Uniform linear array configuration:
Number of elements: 16
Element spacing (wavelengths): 0.5
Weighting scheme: kaiser
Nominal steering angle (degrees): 45
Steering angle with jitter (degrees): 45.404
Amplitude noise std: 0.05
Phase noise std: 0.05

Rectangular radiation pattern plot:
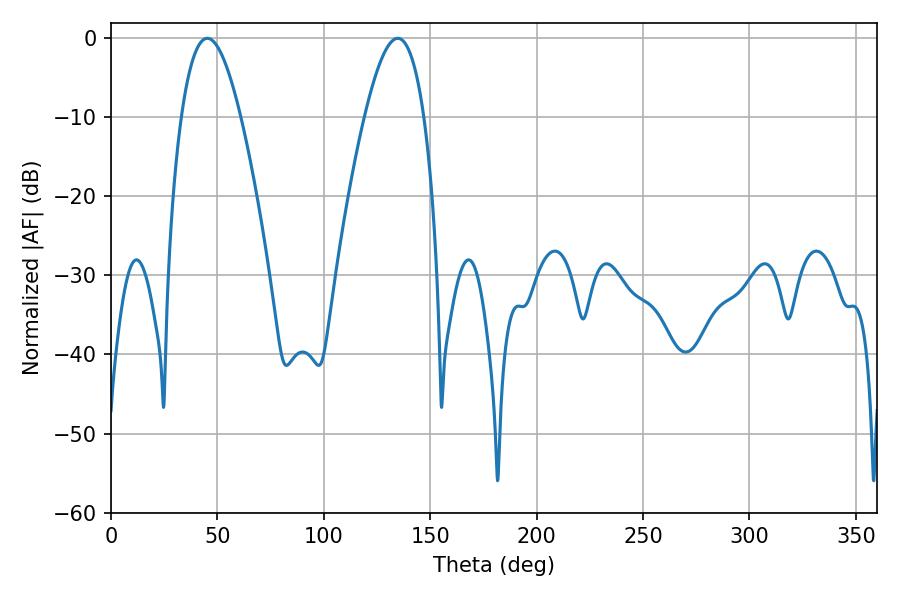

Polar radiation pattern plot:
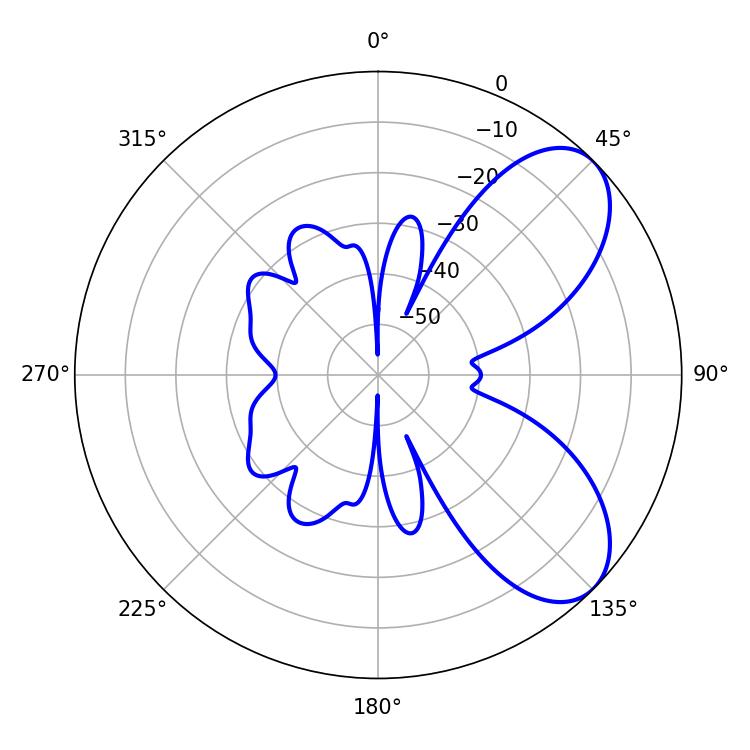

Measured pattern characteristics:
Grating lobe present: FALSE
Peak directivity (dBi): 6.883
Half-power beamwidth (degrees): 15.3
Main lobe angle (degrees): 45.18